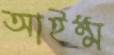
আইম্ম